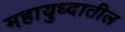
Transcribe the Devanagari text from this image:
महायुध्दातील